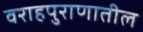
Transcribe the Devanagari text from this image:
वराहपुराणातील